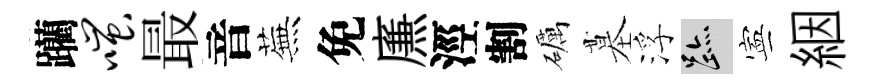
躪嗤最音蕪免㢘涇割礪墓浮迹寕絪